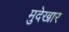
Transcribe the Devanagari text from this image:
मुदेखार